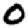
Digit: 0